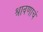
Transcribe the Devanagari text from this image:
श्रावणाचं